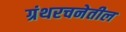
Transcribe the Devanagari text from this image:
ग्रंथरचनेतील